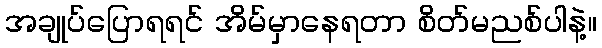
အချုပ်ပြောရရင် အိမ်မှာနေရတာ စိတ်မညစ်ပါနဲ့။